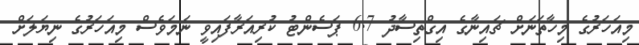
މިއަހަރުގެ މިހާތަނަށް ޗައިނާގެ އިގްތިސާދު 6.7 ޕަސެންޓު ކުރިއަރާފައިވީ ނަމަވެސް މިއަހަރުގެ ނިޔަލަށް